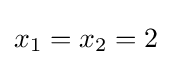
x_{1}=x_{2}=2